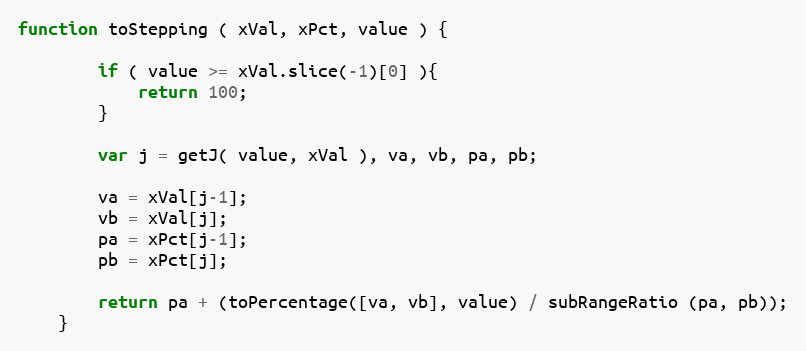
Language: JavaScript
function toStepping ( xVal, xPct, value ) {

        if ( value >= xVal.slice(-1)[0] ){
            return 100;
        }

        var j = getJ( value, xVal ), va, vb, pa, pb;

        va = xVal[j-1];
        vb = xVal[j];
        pa = xPct[j-1];
        pb = xPct[j];

        return pa + (toPercentage([va, vb], value) / subRangeRatio (pa, pb));
    }